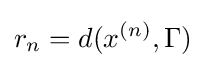
r_{n}=d(x^{(n)},\Gamma )